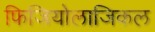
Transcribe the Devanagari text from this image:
फिजियोलाजिकल